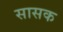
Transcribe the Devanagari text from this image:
सासक